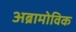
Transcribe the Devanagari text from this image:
अब्रामोविक